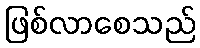
ဖြစ်လာစေသည်